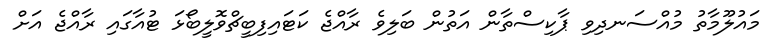
މައުލޫމާތު މުއްސަނދިވި ޕާކިސްތާން އަތުން ބަލިވެ ރާއްޖެ ކަޓައިފިބީޗްވޮލީބޯޅަ ޓުއާގައި ރާއްޖެ އަށް